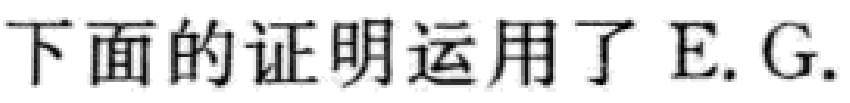
下面的证明运用了E.G.